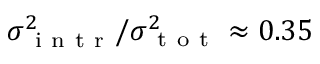
\sigma _ { \mathrm { ~ i ~ n ~ t ~ r ~ } } ^ { 2 } / \sigma _ { \mathrm { ~ t ~ o ~ t ~ } } ^ { 2 } \approx 0 . 3 5